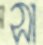
সা